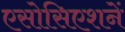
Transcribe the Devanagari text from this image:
एसोसिएशनें